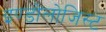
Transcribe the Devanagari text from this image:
इण्डोलोजिस्ट